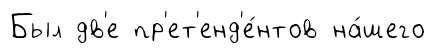
Был дв'е пр'ет'енд'е́нтов на́шего